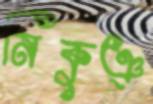
নিকুঞ্